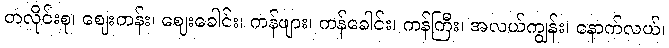
တလိုင်းစု၊ ဈေးတန်း၊ ဈေးခေါင်း၊ ကန်ဖျား၊ ကန်ခေါင်း၊ ကန်ကြီး၊ အလယ်ကျွန်း၊ နောက်လယ်၊